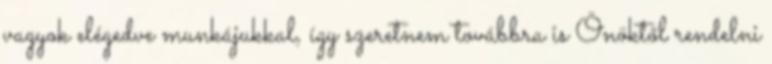
vagyok elégedve munkájukkal, így szeretnem továbbra is Önöktől rendelni